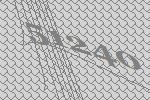
51240